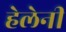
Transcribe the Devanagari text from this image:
हेलेनी